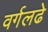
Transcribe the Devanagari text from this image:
वर्गलढे